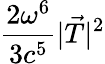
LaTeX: \frac{2\omega^{6}}{3c^{5}}|\vec{T}|^{2}